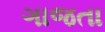
ગાજતા